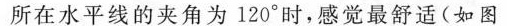
所在水平线的夹角为120°时，感觉最舒适(如图